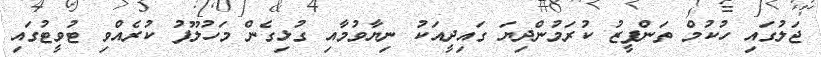
ޖަލުގައި ހުކުމް ތަންފީޒު ކުރަމުންދިޔަ ގައިދީއަކު ނިޔާވުމާއި ގުޅިގެން މަހުލޫފު ކުރެއްވި ޓުވީޓުގައި